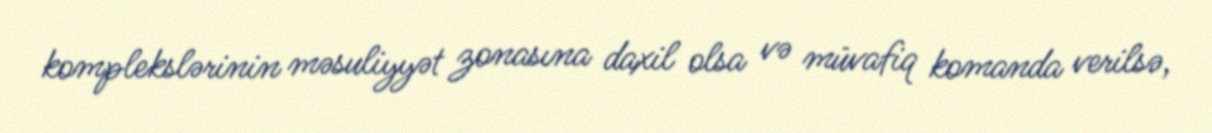
komplekslərinin məsuliyyət zonasına daxil olsa və müvafiq komanda verilsə,